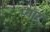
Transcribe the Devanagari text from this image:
प्नार